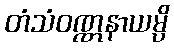
တံသံဝဏ္ဏနာယမ္ပိ